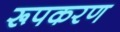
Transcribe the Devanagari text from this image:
रूपकरण